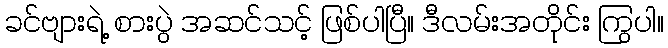
ခင်ဗျားရဲ့ စားပွဲ အဆင်သင့် ဖြစ်ပါပြီ။ ဒီလမ်းအတိုင်း ကြွပါ။